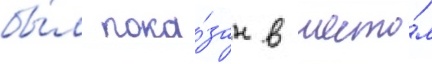
бы́л пока́зан в шесто́м